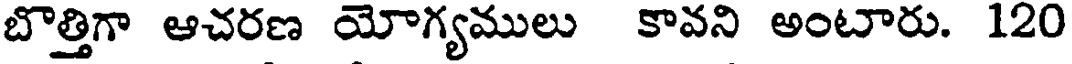
బొత్తిగా ఆచరణ యోగ్యములు కావని అంటారు. 120